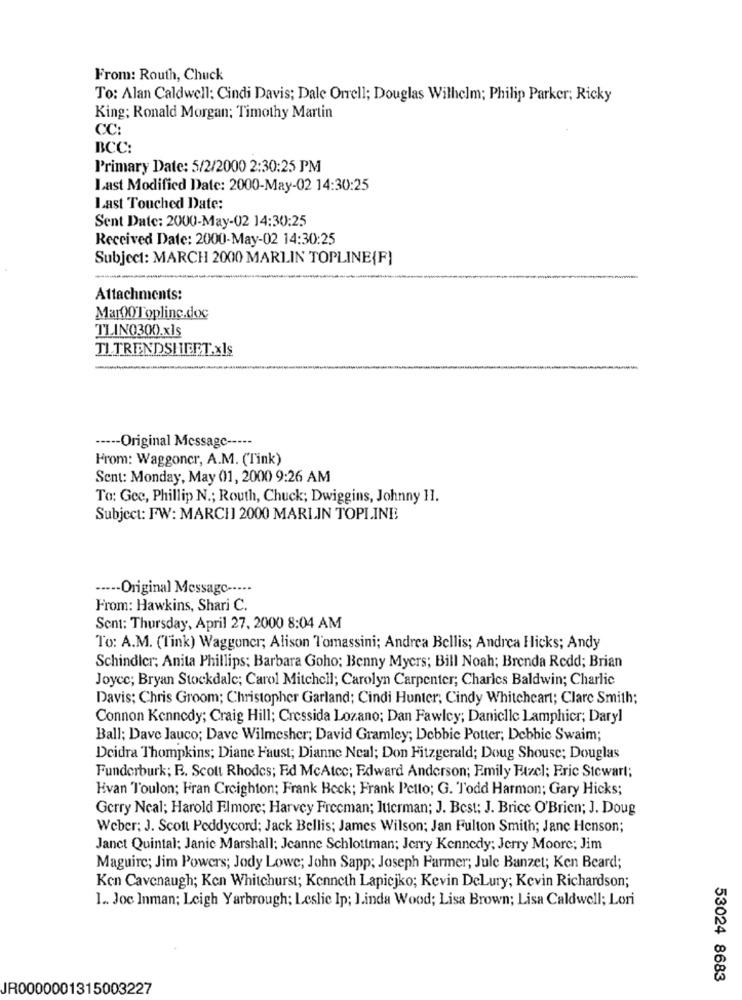
From: Routh, Chuck
To: Alan Caldwell: Cindi Davis; Dale Orrell; Douglas Wilhelm; Philip Parker; Ricky
King: Ronald Morgan; Timothy Martin
CC:
BCC:
Primary Date: 5/2/2000 2:30:25 PM
Last Modified Date: 2000-May-02 14:30:25
Last Touched Date:
Sent Date: 2000-May-02 14:30:25
Received Date: 2000-May-02 14:30:25
Subject: MARCH 2000 MARLIN TOPLINE{F}
Attachments:
Mar00Toplinc.doc
TLIN0300.xls
TI TRENDSHEFT.xls
----- Original Message -----
From: Waggoner, A.M. (Tink)
Sent: Monday, May 01, 2000 9:26 AM
To: Gee, Phillip N .; Routh, Chuck; Dwiggins, Johnny 11.
Subject: FW: MARCH 2000 MARLIN TOPLINE
----- Original Message -----
From: Hawkins, Shari C.
Sent: Thursday, April 27, 2000 8:04 AM
To: A.M. (Tink) Waggoner; Alison Tomassini; Andrea Bellis; Andrea Hicks; Andy
Schindler; Anita Phillips: Barbara Goho; Benny Myers; Bill Noah; Brenda Redd; Brian
Joyce; Bryan Stockdale; Carol Mitchell; Carolyn Carpenter; Charles Baldwin; Charlie
Davis; Chris Groom; Christopher Garland; Cindi Hunter; Cindy Whiteheart; Clare Smith;
Connon Kennedy; Craig Hill; Cressida Lozano; Dan Fawlcy; Danielle Lamphicr; Daryl
Ball; Dave Jauco; Dave Wilmesher; David Gramley; Debbie Potter; Debbie Swaim;
Deidra Thompkins; Diane Faust; Dianne Neal; Don Fitzgerald; Doug Shouse; Douglas
Funderburk; R. Scott Rhodes; Ed McAtcc; Edward Anderson; Emily Etzel; Eric Stewart;
Evan Toulon; Fran Creighton; Frank Beck; Frank Petto; G. Todd Harmon; Gary Hicks;
Gerry Neal; Harold Elmore; Harvey Freeman; ltterman; J. Best; J. Brice O'Brien; J. Doug
Weber; J. Scott Peddycord; Jack Bellis; James Wilson; Jan Fulton Smith; Jane Henson;
Janct Quintal: Janic Marshall: Jeanne Schlottman; Jerry Kennedy; Jerry Moore; Jim
Maguire; Jim Powers; Jody Lowe; John Sapp; Joseph Farmer; Jule Banzet; Ken Beard;
Ken Cavenaugh; Ken Whitehurst; Kenneth Lapicjko; Kevin Delury; Kevin Richardson;
1 .. Joc Inman; Leigh Yarbrough; Leslie Ip; ].inda Wood; Lisa Brown; Lisa Caldwell; Lori
53024 8683
JR0000001315003227